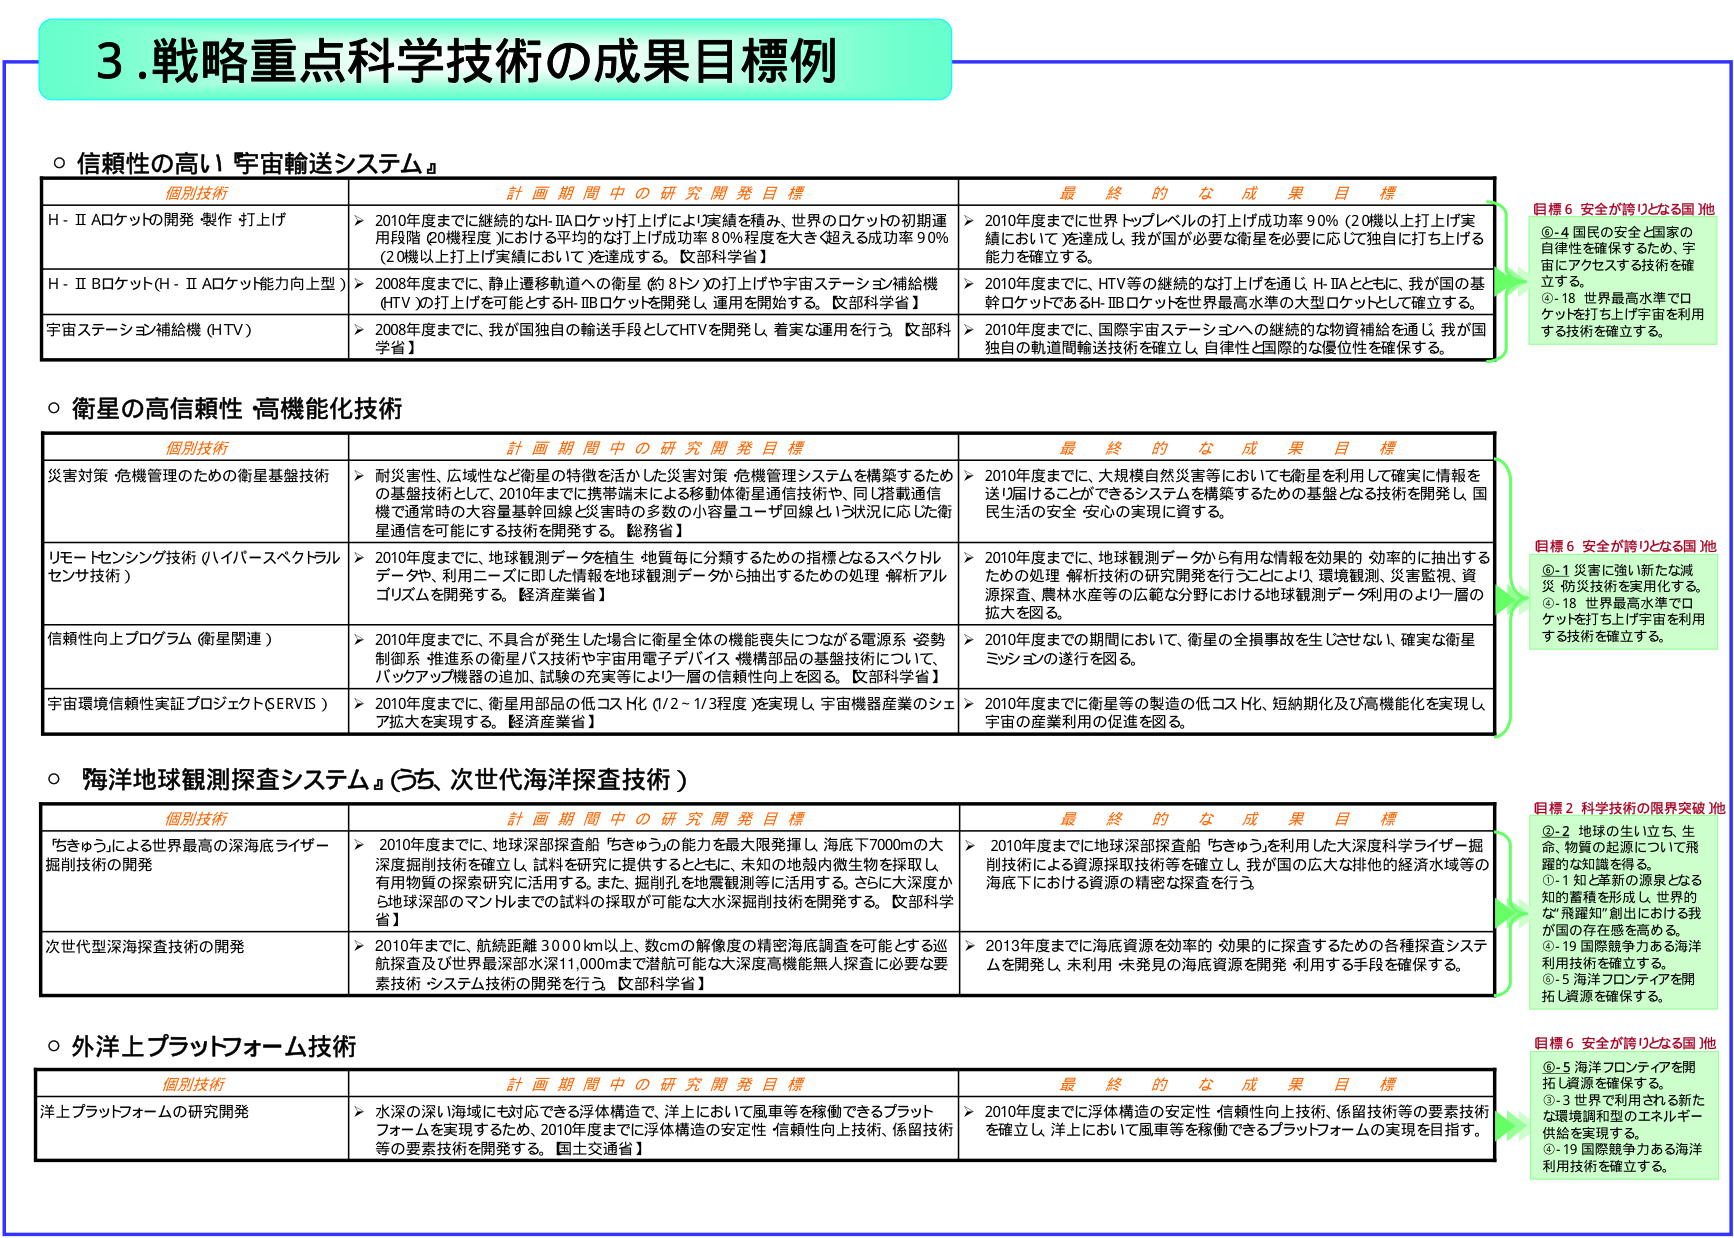
3.戦略重点科学技術の成果目標例

○ 信頼性の高い『宇宙輸送システム』

個別技術